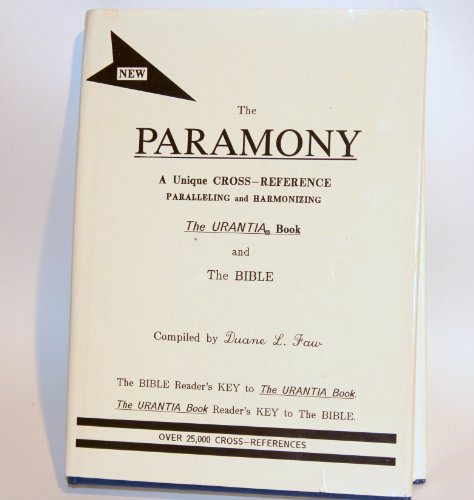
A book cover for Paramony: A Parallel and Harmony of the Urantia Book and the Bible; Duane L. Faw; Religion & Spirituality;